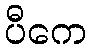
ပီကေ